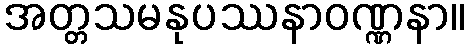
အတ္တသမနုပဿနာဝဏ္ဏနာ။